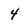
Character: 4